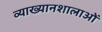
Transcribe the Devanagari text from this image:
व्याख्यानशालाओं